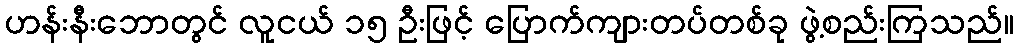
ဟန်းနီးဘောတွင် လူငယ် ၁၅ ဦးဖြင့် ပြောက်ကျားတပ်တစ်ခု ဖွဲ့စည်းကြသည်။